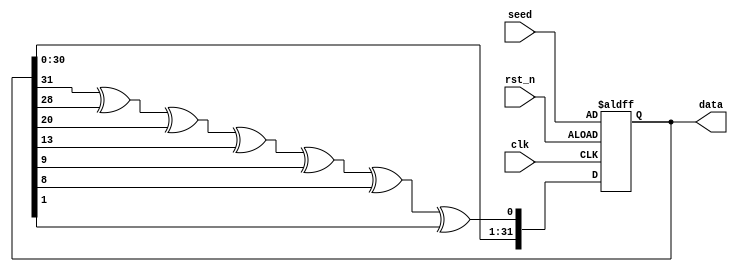
module lfsr(clk, rst_n, data, seed);

input clk, rst_n;
input [31:0] seed;
output reg [31:0] data;
wire feedback;

assign feedback = data[31] ^ data[28] ^ data[20] ^ data[13] ^ data[9] ^ data[8] ^ data[1];

//initial
//begin
//	data <= seed;
//end

always @(posedge clk or negedge rst_n) //  or negedge rst_n
begin
  if (~rst_n) 
  begin
    data <= seed;
	 end
  else
  begin
    data <= {data[30:0], feedback};
	 end
end

endmodule